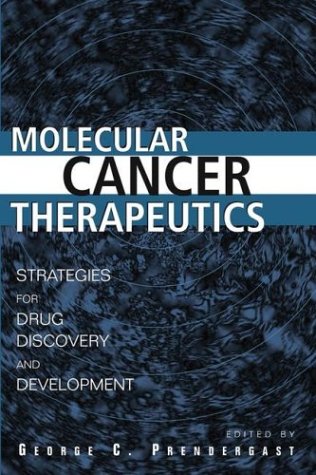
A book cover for Molecular Cancer Therapeutics: Strategies for Drug Discovery and Development; Medical Books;